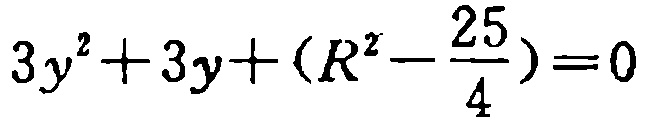
\(3y^{2}+3y+(R^{2}-\frac{25}{4}) = 0\)